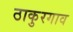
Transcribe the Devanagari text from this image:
ठाकुरगाव